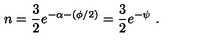
n = \frac { 3 } { 2 } e ^ { - \alpha - ( \phi / 2 ) } = \frac { 3 } { 2 } e ^ { - \psi } \ .